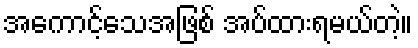
အကောင့်သေအဖြစ် အပ်ထားရမယ်တဲ့။